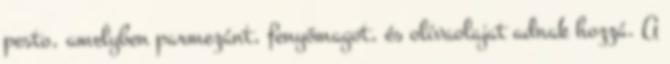
pesto, amelyben parmezánt, fenyőmagot, és olívaolajat adnak hozzá. A